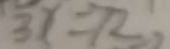
3 x = 7 2